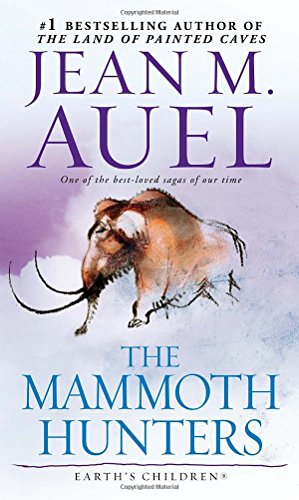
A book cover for The Mammoth Hunters: Earth's Children, Book Three; Jean M. Auel; Literature & Fiction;